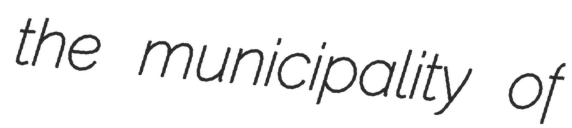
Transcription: the municipality of